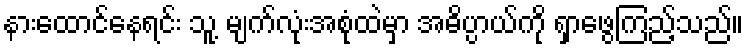
နားထောင်နေရင်း သူ့ မျက်လုံးအစုံထဲမှာ အဓိပ္ပာယ်ကို ရှာဖွေကြည့်သည်။